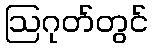
ဩဂုတ်တွင်